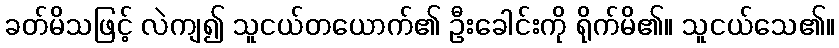
ခတ်မိသဖြင့် လဲကျ၍ သူငယ်တယောက်၏ ဦးခေါင်းကို ရိုက်မိ၏။ သူငယ်သေ၏။